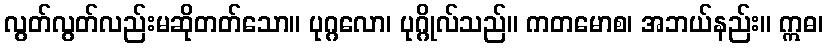
လွတ်လွတ်လည်းမဆိုတတ်သော။ ပုဂ္ဂလော၊ ပုဂ္ဂိုလ်သည်။ ကတမောစ၊ အဘယ်နည်း။ ဣဓ၊